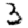
Digit: 3